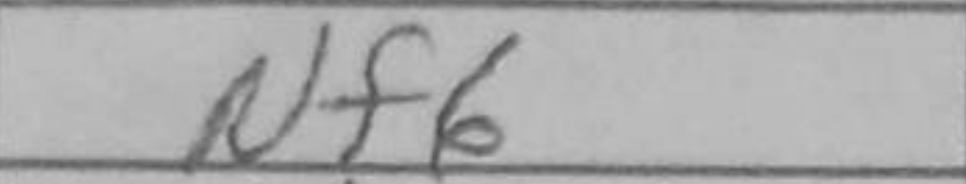
Transcription: Nf6